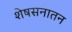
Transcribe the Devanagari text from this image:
शेषसनातन